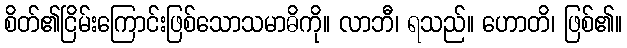
စိတ်၏ငြိမ်းကြောင်းဖြစ်သောသမာဓိကို။ လာဘီ၊ ရသည်။ ဟောတိ၊ ဖြစ်၏။